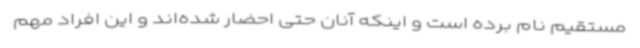
مستقیم نام برده است و اینکه آنان حتی احضار شده‌اند و این افراد مهم